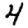
Digit: 4